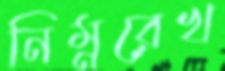
নিম্নরেখ